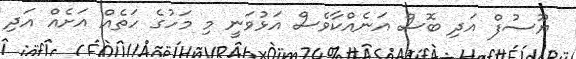
ޔޫސުފް އަދި ބޮސް އަނެއްކާވެސް އަޅުވަނީ މި މަހުގެ ހަތެއް އަށެއް އަދި